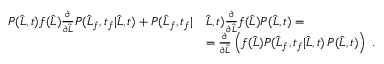
\begin{array} { r l } { P ( \widehat { L } , t ) f ( \widehat { L } ) \frac { \partial } { \partial \widehat { L } } P ( \widehat { L } _ { f } , t _ { f } | \widehat { L } , t ) + P ( \widehat { L } _ { f } , t _ { f } | } & { \widehat { L } , t ) \frac { \partial } { \partial \widehat { L } } f ( \widehat { L } ) P ( \widehat { L } , t ) = } \\ & { = \frac { \partial } { \partial \widehat { L } } \left( f ( \widehat { L } ) P ( \widehat { L } _ { f } , t _ { f } | \widehat { L } , t ) \, P ( \widehat { L } , t ) \right) \ . } \end{array}